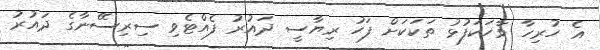
އެ ހުރިހާ ވާހަކަފުޅު ތަކަކަށް ފަހު ރިޔާސީ ދައުރު ފެއްޓެވި ސިރިސޭނާގެ ދައުރު